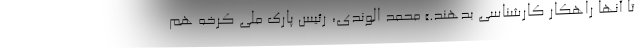
تا آنها راهکار کارشناسی بدهند.» محمد الوندی، رئیس پارک ملی کرخه هم